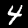
Label: 4